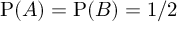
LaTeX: \mathrm { P } ( A ) = \mathrm { P } ( B ) = 1 / 2